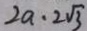
2 a \cdot 2 \sqrt { 3 }